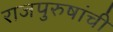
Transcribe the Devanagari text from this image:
राजपुरुषांची